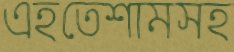
এহতেশামসহ